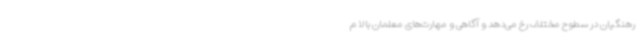
رهنگیان در سطوح مختلف رخ می‌دهد و آگاهی و مهارت‌های معلمان بالا م